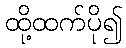
ထို့ထက်ပို၍